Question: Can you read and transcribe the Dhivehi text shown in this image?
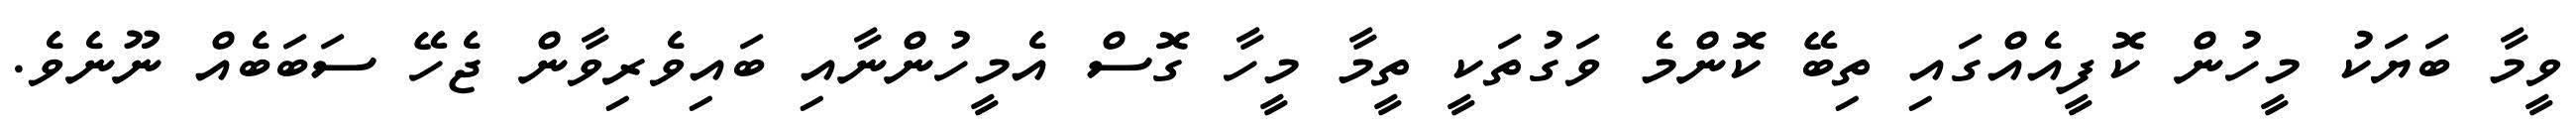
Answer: ވީމާ ބަޔަކު މީހުން ކޮފީއެއްގައި ތިބޭ ކޮންމެ ވަގުތަކީ ތީމާ މީހާ ގޮސް އެމީހުންނާއި ބައިވެރިވާން ޖެހޭ ސަބަބެއް ނޫނެވެ.